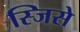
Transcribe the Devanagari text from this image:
स्जिसे